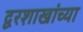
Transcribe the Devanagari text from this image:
द्वरशाखांच्या